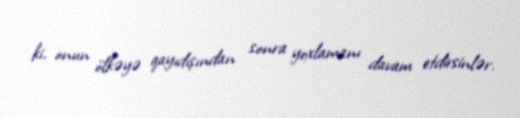
ki, onun ölkəyə qayıdışından sonra yoxlamanı davam etdirsinlər.